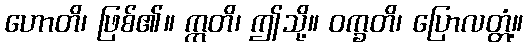
ဟောတိ၊ ဖြစ်၏။ ဣတိ၊ ဤသို့။ ဝက္ခတိ၊ ပြောလတ္တံ့။